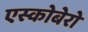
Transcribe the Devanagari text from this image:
एस्कोबेरो